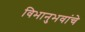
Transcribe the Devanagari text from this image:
विभानुभवांचे